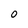
Character: 0